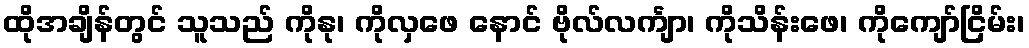
ထိုအချိန်တွင် သူသည် ကိုနု၊ ကိုလှဖေ နောင် ဗိုလ်လင်္ကျာ၊ ကိုသိန်းဖေ၊ ကိုကျော်ငြိမ်း၊